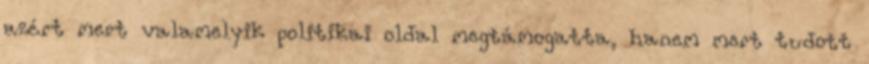
azért mert valamelyik politikai oldal megtámogatta, hanem mert tudott